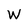
Character: W